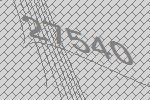
27540